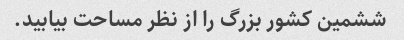
ششمین کشور بزرگ را از نظر مساحت بیابید.